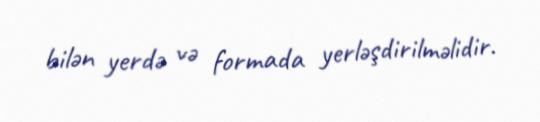
bilən yerdə və formada yerləşdirilməlidir.